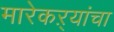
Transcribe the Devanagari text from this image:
मारेकऱ्यांचा